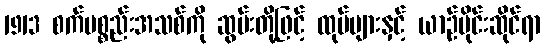
1913 စက်ပစ္စည်းအသစ်ကို ဆွမ်းတို့ဖြင့် ထုပ်များနှင့် ယာဉ်ပိုင်းဆိုင်ရာ